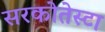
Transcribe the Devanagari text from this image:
सरकोतेस्टा